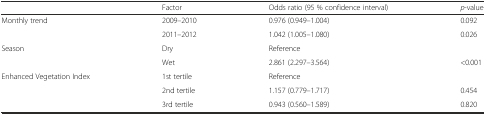
|  | Factor | Odds ratio (95 % confidence interval) | p-value |
 | --- | --- | --- | --- |
 | <ROWSPAN=2> Monthly trend | 2009–2010 | 0.976 (0.949–1.004) | 0.092 |
 | 2011–2012 | 1.042 (1.005–1.080) | 0.026 |
 | <ROWSPAN=2> Season | Dry | Reference |  |
 | Wet | 2.861 (2.297–3.564) | <0.001 |
 | <ROWSPAN=3> Enhanced Vegetation Index | 1st tertile | Reference |  |
 | 2nd tertile | 1.157 (0.779–1.717) | 0.454 |
 | 3rd tertile | 0.943 (0.560–1.589) | 0.820 |